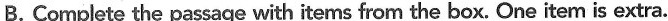
B. Complete the passage with items from the box. One item is extra.